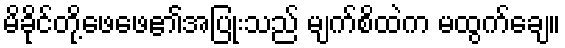
မိခိုင်တို့ဖေဖေ၏အပြုံးသည် မျက်စိထဲက မထွက်ချေ။